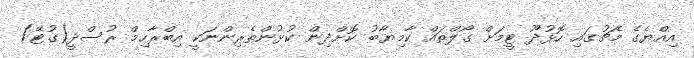
އިއްޔެގެ މެޗުގައި ހޮޅުދޫ ޓީމަށް ގޯލްތައް ކާމިޔާބު ކޮށްދިން ކުޅުންތެރިންނަކީ އިބްރާހިމް ރުސްދީ(ގުޓޭ)